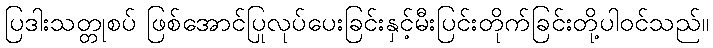
ပြဒါးသတ္တုစပ် ဖြစ်အောင်ပြုလုပ်ပေးခြင်းနှင့်မီးပြင်းတိုက်ခြင်းတို့ပါဝင်သည်။